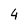
Character: 4